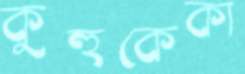
কুহুকেকা